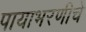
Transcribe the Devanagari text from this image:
पायाभरणीचे